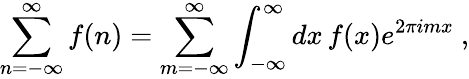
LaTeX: \sum_{n=-\infty}^{\infty}f(n)=\sum_{m=-\infty}^{\infty}\int_{-\infty}^{\infty}dx\, f(x)e^{2\pi imx}~,